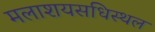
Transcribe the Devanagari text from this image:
मलाशयसधिस्थल